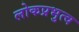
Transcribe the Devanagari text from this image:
लोकप्रभुत्व